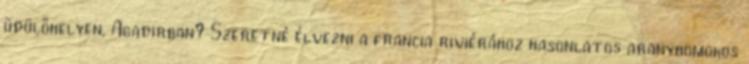
üdülőhelyen, Agadirban? Szeretné élvezni a francia riviérához hasonlatos aranyhomokos